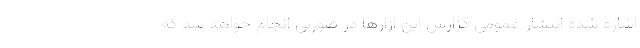
اشاره شده انتشار عمومی گزارش این آزارها در صورتی انجام خواهد شد که